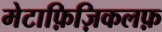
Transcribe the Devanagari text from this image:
मेटाफ़िज़िकलफ़